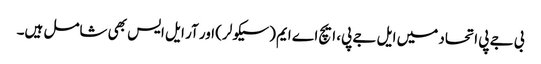
بی جے پی اتحاد میں ایل جے پی، ایچ اے ایم (سیکولر) اور آر ایل ایس بھی شامل ہیں۔